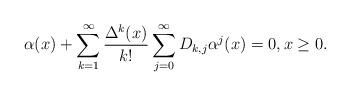
LaTeX: \begin{align*}\alpha(x)+\sum_{k=1}^\infty\frac{\Delta^k(x)}{k!}\sum_{j=0}^\infty D_{k,j}\alpha^j(x)=0,x\ge 0.\end{align*}